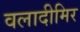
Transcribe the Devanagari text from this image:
वलादीमिर